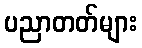
ပညာတတ်များ